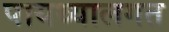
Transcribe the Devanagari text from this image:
पायथ्यालगत